Annual administration and progress report of the Indian Medical Department, Bombay
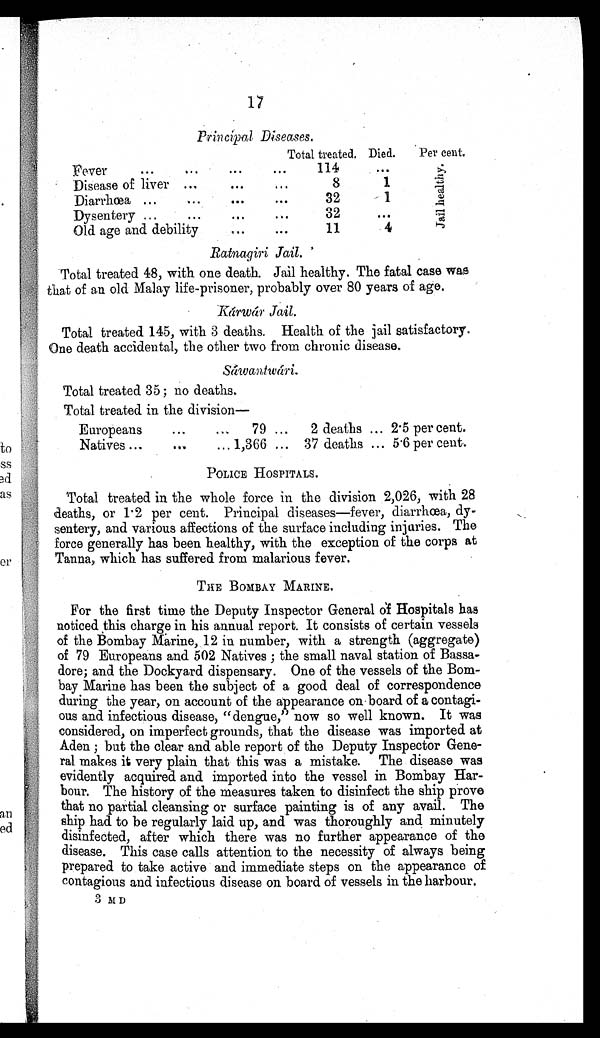
17
Principal Diseases.
Total treated. Died.
Per cent.
Fever
... ... ... ...
114
...
J a i l h e a l t h y .
Disease of liver ...
. . .
...
8
1
Diarrhœa ...
...
. . .
. . .
32
1
Dysentery ...
...
...
...
32
...
Old age and debility
...
.
. . .
11
4
Ratnagiri Jail.
Total treated 48, with one death. Jail healthy. The fatal case was
that of an old Malay life-prisoner, probably over 80 years of age.
Kárwár Jail.
Total treated 145, with 3 deaths. Health of the jail satisfactory.
One death accidental, the other two from chronic disease.
Sáwantwári.
Total treated 35; no deaths.
Total treated in the division—
Europeans
...
...
79 ...
2 deaths ... 2.5 per cent.
Natives ...
...
... 1,366 ... 37 deaths ... 5.6 per cent.
POLICE HOSPITALS.
Total treated in the whole force in the division 2,026, with 28
deaths, or 1.2 per cent. Principal diseases—fever, diarrhœa, dy-
sentery, and various affections of the surface including injuries. The
force generally has been healthy, with the exception of the corps at
Tanna, which has suffered from malarious fever.
THE BOMBAY MARINE.
For the first time the Deputy Inspector General of Hospitals has
noticed this charge in his annual report. It consists of certain vessels
of the Bombay Marine, 12 in number, with a strength (aggregate)
of 79 Europeans and 502 Natives ; the small naval station of Bassa-
dore; and the Dockyard dispensary. One of the vessels of the Bom-
bay Marine has been the subject of a good deal of correspondence
during the year, on account of the appearance on board of a contagi-
ous and infectious disease, "dengue," now so well known. It was
considered, on imperfect grounds, that the disease was imported at
Aden ; but the clear and able report of the Deputy Inspector Gene-
ral makes it very plain that this was a mistake. The disease was
evidently acquired and imported into the vessel in Bombay Har-
bour. The history of the measures taken to disinfect the ship prove
that no partial cleansing or surface painting is of any avail. The
ship had to be regularly laid up, and was thoroughly and minutely
disinfected, after which there was no further appearance of the
disease. This case calls attention to the necessity of always being
prepared to take active and immediate steps on the appearance of
contagious and infectious disease on board of vessels in the harbour.
3 M D